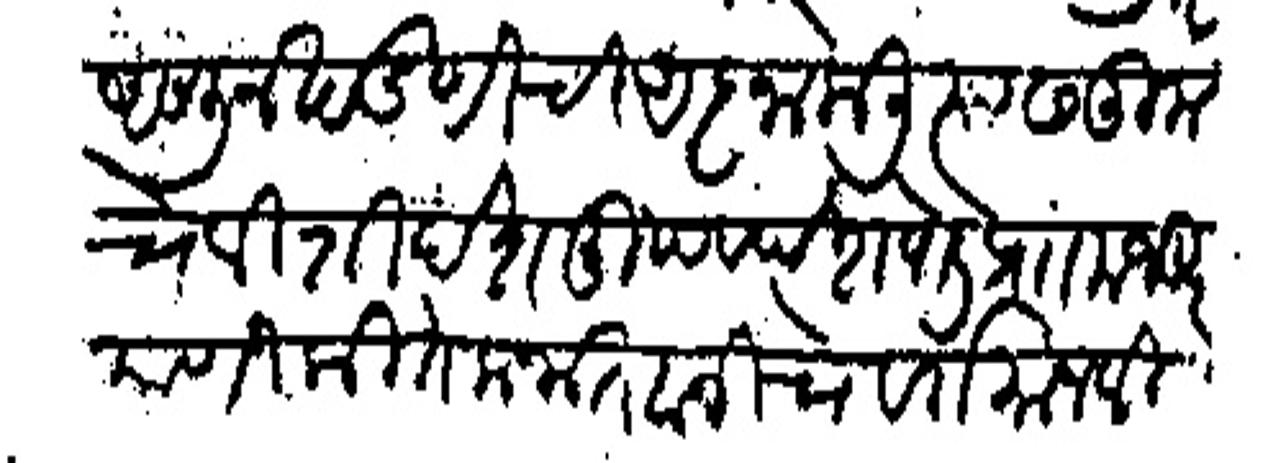
Transliteration (Devanagari): आणून खंडणीची आज्ञा केली त्यास तुमचे विशी देशमुख देशपांडे प्रा मजकूर याणी कितेक नातवानीचे वर्तमान विदीत